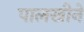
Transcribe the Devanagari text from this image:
पालखीने